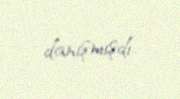
danışmışdı.